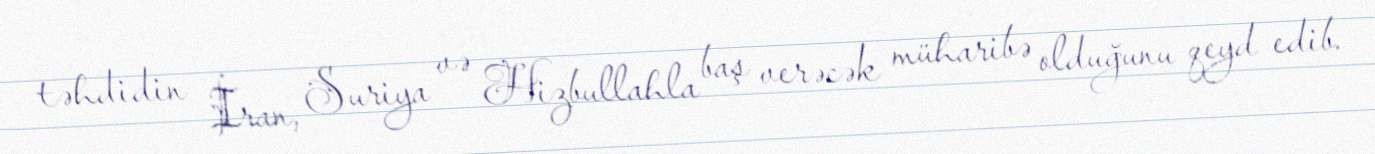
təhdidin İran, Suriya və Hizbullahla baş verəcək müharibə olduğunu qeyd edib.